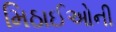
મિઠાઈઓની